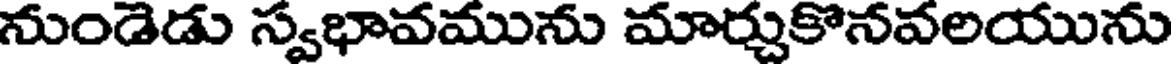
నుండెడు స్వభావమును మార్చుకొనవలయును